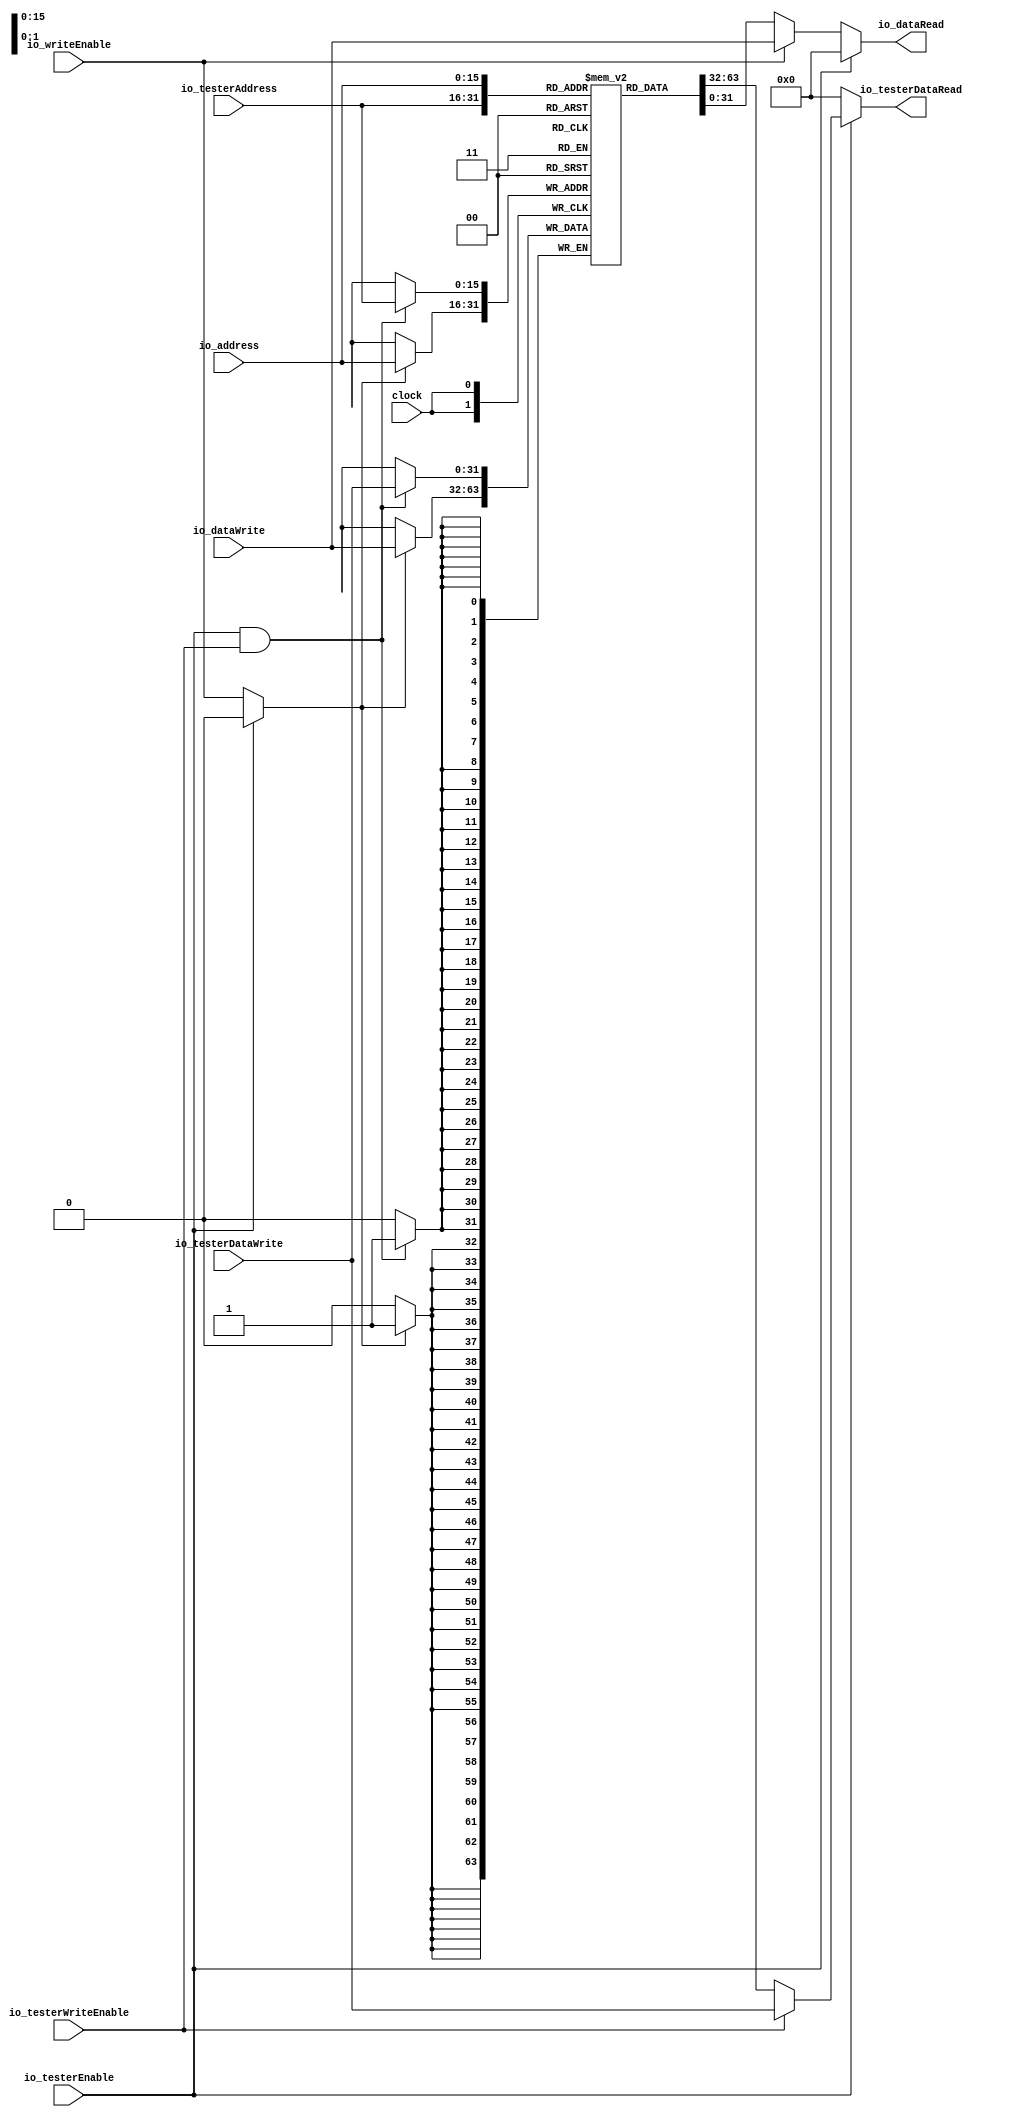
module DataMemory(
  input         clock,
  input  [15:0] io_address,
  output [31:0] io_dataRead,
  input         io_writeEnable,
  input  [31:0] io_dataWrite,
  input         io_testerEnable,
  input  [15:0] io_testerAddress,
  output [31:0] io_testerDataRead,
  input         io_testerWriteEnable,
  input  [31:0] io_testerDataWrite
);
`ifdef RANDOMIZE_MEM_INIT
  reg [31:0] _RAND_0;
`endif // RANDOMIZE_MEM_INIT
  reg [31:0] memory [0:65535]; // @[DataMemory.scala 18:20]
  wire [31:0] memory__T_data; // @[DataMemory.scala 18:20]
  wire [15:0] memory__T_addr; // @[DataMemory.scala 18:20]
  wire [31:0] memory__T_2_data; // @[DataMemory.scala 18:20]
  wire [15:0] memory__T_2_addr; // @[DataMemory.scala 18:20]
  wire [31:0] memory__T_1_data; // @[DataMemory.scala 18:20]
  wire [15:0] memory__T_1_addr; // @[DataMemory.scala 18:20]
  wire  memory__T_1_mask; // @[DataMemory.scala 18:20]
  wire  memory__T_1_en; // @[DataMemory.scala 18:20]
  wire [31:0] memory__T_3_data; // @[DataMemory.scala 18:20]
  wire [15:0] memory__T_3_addr; // @[DataMemory.scala 18:20]
  wire  memory__T_3_mask; // @[DataMemory.scala 18:20]
  wire  memory__T_3_en; // @[DataMemory.scala 18:20]
  wire [31:0] _GEN_5 = io_testerWriteEnable ? io_testerDataWrite : memory__T_data; // @[DataMemory.scala 27:32]
  wire [31:0] _GEN_11 = io_writeEnable ? io_dataWrite : memory__T_2_data; // @[DataMemory.scala 37:26]
  assign memory__T_addr = io_testerAddress;
  assign memory__T_data = memory[memory__T_addr]; // @[DataMemory.scala 18:20]
  assign memory__T_2_addr = io_address;
  assign memory__T_2_data = memory[memory__T_2_addr]; // @[DataMemory.scala 18:20]
  assign memory__T_1_data = io_testerDataWrite;
  assign memory__T_1_addr = io_testerAddress;
  assign memory__T_1_mask = 1'h1;
  assign memory__T_1_en = io_testerEnable & io_testerWriteEnable;
  assign memory__T_3_data = io_dataWrite;
  assign memory__T_3_addr = io_address;
  assign memory__T_3_mask = 1'h1;
  assign memory__T_3_en = io_testerEnable ? 1'h0 : io_writeEnable;
  assign io_dataRead = io_testerEnable ? 32'h0 : _GEN_11; // @[DataMemory.scala 26:17 DataMemory.scala 34:17 DataMemory.scala 40:19]
  assign io_testerDataRead = io_testerEnable ? _GEN_5 : 32'h0; // @[DataMemory.scala 24:23 DataMemory.scala 30:25 DataMemory.scala 36:23]
`ifdef RANDOMIZE_GARBAGE_ASSIGN
`define RANDOMIZE
`endif
`ifdef RANDOMIZE_INVALID_ASSIGN
`define RANDOMIZE
`endif
`ifdef RANDOMIZE_REG_INIT
`define RANDOMIZE
`endif
`ifdef RANDOMIZE_MEM_INIT
`define RANDOMIZE
`endif
`ifndef RANDOM
`define RANDOM $random
`endif
`ifdef RANDOMIZE_MEM_INIT
  integer initvar;
`endif
`ifndef SYNTHESIS
`ifdef FIRRTL_BEFORE_INITIAL
`FIRRTL_BEFORE_INITIAL
`endif
initial begin
  `ifdef RANDOMIZE
    `ifdef INIT_RANDOM
      `INIT_RANDOM
    `endif
    `ifndef VERILATOR
      `ifdef RANDOMIZE_DELAY
        #`RANDOMIZE_DELAY begin end
      `else
        #0.002 begin end
      `endif
    `endif
`ifdef RANDOMIZE_MEM_INIT
  _RAND_0 = {1{`RANDOM}};
  for (initvar = 0; initvar < 65536; initvar = initvar+1)
    memory[initvar] = _RAND_0[31:0];
`endif // RANDOMIZE_MEM_INIT
  `endif // RANDOMIZE
end // initial
`ifdef FIRRTL_AFTER_INITIAL
`FIRRTL_AFTER_INITIAL
`endif
`endif // SYNTHESIS
  always @(posedge clock) begin
    if(memory__T_1_en & memory__T_1_mask) begin
      memory[memory__T_1_addr] <= memory__T_1_data; // @[DataMemory.scala 18:20]
    end
    if(memory__T_3_en & memory__T_3_mask) begin
      memory[memory__T_3_addr] <= memory__T_3_data; // @[DataMemory.scala 18:20]
    end
  end
endmodule
module Accelerator(
  input         clock,
  input         reset,
  input         io_start,
  output        io_done,
  output [15:0] io_address,
  input  [31:0] io_dataRead,
  output        io_writeEnable,
  output [31:0] io_dataWrite
);
`ifdef RANDOMIZE_REG_INIT
  reg [31:0] _RAND_0;
  reg [31:0] _RAND_1;
  reg [31:0] _RAND_2;
`endif // RANDOMIZE_REG_INIT
  reg [3:0] stateReg; // @[Accelerator.scala 19:25]
  reg [4:0] xReg; // @[Accelerator.scala 22:21]
  reg [4:0] yReg; // @[Accelerator.scala 23:21]
  wire  _T = 4'h0 == stateReg; // @[Conditional.scala 37:30]
  wire  _T_1 = 4'h1 == stateReg; // @[Conditional.scala 37:30]
  wire [9:0] _T_2 = 5'h14 * yReg; // @[Accelerator.scala 41:33]
  wire [9:0] _GEN_78 = {{5'd0}, xReg}; // @[Accelerator.scala 41:26]
  wire [9:0] _T_4 = _GEN_78 + _T_2; // @[Accelerator.scala 41:26]
  wire  _T_5 = xReg == 5'h14; // @[Accelerator.scala 42:18]
  wire  _T_6 = yReg == 5'h14; // @[Accelerator.scala 44:24]
  wire [4:0] _T_8 = xReg + 5'h1; // @[Accelerator.scala 45:22]
  wire  _T_9 = xReg <= 5'h13; // @[Accelerator.scala 48:24]
  wire  _T_10 = yReg <= 5'h13; // @[Accelerator.scala 49:24]
  wire  _T_11 = _T_9 & _T_10; // @[Accelerator.scala 48:32]
  wire  _T_12 = yReg == 5'h0; // @[Accelerator.scala 50:25]
  wire  _T_13 = yReg == 5'h13; // @[Accelerator.scala 50:41]
  wire  _T_14 = _T_12 | _T_13; // @[Accelerator.scala 50:33]
  wire  _T_15 = xReg == 5'h0; // @[Accelerator.scala 50:58]
  wire  _T_16 = _T_14 | _T_15; // @[Accelerator.scala 50:50]
  wire  _T_17 = xReg == 5'h13; // @[Accelerator.scala 50:74]
  wire  _T_18 = _T_16 | _T_17; // @[Accelerator.scala 50:66]
  wire  _T_19 = _T_11 & _T_18; // @[Accelerator.scala 49:32]
  wire  _T_20 = io_dataRead == 32'h0; // @[Accelerator.scala 52:32]
  wire  _T_21 = 4'h2 == stateReg; // @[Conditional.scala 37:30]
  wire [9:0] _T_26 = _T_4 + 10'h190; // @[Accelerator.scala 60:40]
  wire [4:0] _T_28 = yReg + 5'h1; // @[Accelerator.scala 63:20]
  wire  _T_29 = 4'h3 == stateReg; // @[Conditional.scala 37:30]
  wire  _T_37 = 4'h4 == stateReg; // @[Conditional.scala 37:30]
  wire [9:0] _T_42 = _T_4 - 10'h1; // @[Accelerator.scala 75:40]
  wire  _T_44 = 4'h5 == stateReg; // @[Conditional.scala 37:30]
  wire [9:0] _T_49 = _T_4 + 10'h1; // @[Accelerator.scala 83:40]
  wire  _T_51 = 4'h6 == stateReg; // @[Conditional.scala 37:30]
  wire [9:0] _T_56 = _T_4 - 10'h14; // @[Accelerator.scala 91:40]
  wire  _T_58 = 4'h7 == stateReg; // @[Conditional.scala 37:30]
  wire [9:0] _T_63 = _T_4 + 10'h14; // @[Accelerator.scala 99:40]
  wire  _T_65 = 4'h8 == stateReg; // @[Conditional.scala 37:30]
  wire  _T_73 = 4'h9 == stateReg; // @[Conditional.scala 37:30]
  wire  _T_81 = 4'ha == stateReg; // @[Conditional.scala 37:30]
  wire [9:0] _GEN_16 = _T_73 ? _T_26 : 10'h0; // @[Conditional.scala 39:67]
  wire  _GEN_21 = _T_73 ? 1'h0 : _T_81; // @[Conditional.scala 39:67]
  wire [9:0] _GEN_22 = _T_65 ? _T_26 : _GEN_16; // @[Conditional.scala 39:67]
  wire [7:0] _GEN_23 = _T_65 ? 8'hff : 8'h0; // @[Conditional.scala 39:67]
  wire  _GEN_24 = _T_65 | _T_73; // @[Conditional.scala 39:67]
  wire  _GEN_27 = _T_65 ? 1'h0 : _GEN_21; // @[Conditional.scala 39:67]
  wire [9:0] _GEN_28 = _T_58 ? _T_63 : _GEN_22; // @[Conditional.scala 39:67]
  wire [7:0] _GEN_30 = _T_58 ? 8'h0 : _GEN_23; // @[Conditional.scala 39:67]
  wire  _GEN_31 = _T_58 ? 1'h0 : _GEN_24; // @[Conditional.scala 39:67]
  wire  _GEN_33 = _T_58 ? 1'h0 : _GEN_27; // @[Conditional.scala 39:67]
  wire [9:0] _GEN_34 = _T_51 ? _T_56 : _GEN_28; // @[Conditional.scala 39:67]
  wire [7:0] _GEN_36 = _T_51 ? 8'h0 : _GEN_30; // @[Conditional.scala 39:67]
  wire  _GEN_37 = _T_51 ? 1'h0 : _GEN_31; // @[Conditional.scala 39:67]
  wire  _GEN_39 = _T_51 ? 1'h0 : _GEN_33; // @[Conditional.scala 39:67]
  wire [9:0] _GEN_40 = _T_44 ? _T_49 : _GEN_34; // @[Conditional.scala 39:67]
  wire [7:0] _GEN_42 = _T_44 ? 8'h0 : _GEN_36; // @[Conditional.scala 39:67]
  wire  _GEN_43 = _T_44 ? 1'h0 : _GEN_37; // @[Conditional.scala 39:67]
  wire  _GEN_45 = _T_44 ? 1'h0 : _GEN_39; // @[Conditional.scala 39:67]
  wire [9:0] _GEN_46 = _T_37 ? _T_42 : _GEN_40; // @[Conditional.scala 39:67]
  wire [7:0] _GEN_48 = _T_37 ? 8'h0 : _GEN_42; // @[Conditional.scala 39:67]
  wire  _GEN_49 = _T_37 ? 1'h0 : _GEN_43; // @[Conditional.scala 39:67]
  wire  _GEN_51 = _T_37 ? 1'h0 : _GEN_45; // @[Conditional.scala 39:67]
  wire [9:0] _GEN_52 = _T_29 ? _T_26 : _GEN_46; // @[Conditional.scala 39:67]
  wire [7:0] _GEN_53 = _T_29 ? 8'h0 : _GEN_48; // @[Conditional.scala 39:67]
  wire  _GEN_54 = _T_29 | _GEN_49; // @[Conditional.scala 39:67]
  wire  _GEN_57 = _T_29 ? 1'h0 : _GEN_51; // @[Conditional.scala 39:67]
  wire [9:0] _GEN_58 = _T_21 ? _T_26 : _GEN_52; // @[Conditional.scala 39:67]
  wire [7:0] _GEN_59 = _T_21 ? 8'h0 : _GEN_53; // @[Conditional.scala 39:67]
  wire  _GEN_60 = _T_21 | _GEN_54; // @[Conditional.scala 39:67]
  wire  _GEN_63 = _T_21 ? 1'h0 : _GEN_57; // @[Conditional.scala 39:67]
  wire [9:0] _GEN_64 = _T_1 ? _T_4 : _GEN_58; // @[Conditional.scala 39:67]
  wire [7:0] _GEN_68 = _T_1 ? 8'h0 : _GEN_59; // @[Conditional.scala 39:67]
  wire  _GEN_69 = _T_1 ? 1'h0 : _GEN_60; // @[Conditional.scala 39:67]
  wire  _GEN_70 = _T_1 ? 1'h0 : _GEN_63; // @[Conditional.scala 39:67]
  wire [9:0] _GEN_73 = _T ? 10'h0 : _GEN_64; // @[Conditional.scala 40:58]
  wire [7:0] _GEN_75 = _T ? 8'h0 : _GEN_68; // @[Conditional.scala 40:58]
  assign io_done = _T ? 1'h0 : _GEN_70; // @[Accelerator.scala 28:11 Accelerator.scala 121:15]
  assign io_address = {{6'd0}, _GEN_73}; // @[Accelerator.scala 26:14 Accelerator.scala 41:18 Accelerator.scala 60:18 Accelerator.scala 67:18 Accelerator.scala 75:18 Accelerator.scala 83:18 Accelerator.scala 91:18 Accelerator.scala 99:18 Accelerator.scala 107:18 Accelerator.scala 114:18]
  assign io_writeEnable = _T ? 1'h0 : _GEN_69; // @[Accelerator.scala 27:18 Accelerator.scala 62:22 Accelerator.scala 69:22 Accelerator.scala 109:22 Accelerator.scala 116:22]
  assign io_dataWrite = {{24'd0}, _GEN_75}; // @[Accelerator.scala 29:16 Accelerator.scala 61:20 Accelerator.scala 68:20 Accelerator.scala 108:20 Accelerator.scala 115:20]
`ifdef RANDOMIZE_GARBAGE_ASSIGN
`define RANDOMIZE
`endif
`ifdef RANDOMIZE_INVALID_ASSIGN
`define RANDOMIZE
`endif
`ifdef RANDOMIZE_REG_INIT
`define RANDOMIZE
`endif
`ifdef RANDOMIZE_MEM_INIT
`define RANDOMIZE
`endif
`ifndef RANDOM
`define RANDOM $random
`endif
`ifdef RANDOMIZE_MEM_INIT
  integer initvar;
`endif
`ifndef SYNTHESIS
`ifdef FIRRTL_BEFORE_INITIAL
`FIRRTL_BEFORE_INITIAL
`endif
initial begin
  `ifdef RANDOMIZE
    `ifdef INIT_RANDOM
      `INIT_RANDOM
    `endif
    `ifndef VERILATOR
      `ifdef RANDOMIZE_DELAY
        #`RANDOMIZE_DELAY begin end
      `else
        #0.002 begin end
      `endif
    `endif
`ifdef RANDOMIZE_REG_INIT
  _RAND_0 = {1{`RANDOM}};
  stateReg = _RAND_0[3:0];
  _RAND_1 = {1{`RANDOM}};
  xReg = _RAND_1[4:0];
  _RAND_2 = {1{`RANDOM}};
  yReg = _RAND_2[4:0];
`endif // RANDOMIZE_REG_INIT
  `endif // RANDOMIZE
end // initial
`ifdef FIRRTL_AFTER_INITIAL
`FIRRTL_AFTER_INITIAL
`endif
`endif // SYNTHESIS
  always @(posedge clock) begin
    if (reset) begin
      stateReg <= 4'h0;
    end else if (_T) begin
      if (io_start) begin
        stateReg <= 4'h1;
      end
    end else if (_T_1) begin
      if (_T_5) begin
        stateReg <= 4'ha;
      end else if (_T_6) begin
        stateReg <= 4'h1;
      end else if (_T_19) begin
        stateReg <= 4'h9;
      end else if (_T_20) begin
        stateReg <= 4'h2;
      end else begin
        stateReg <= 4'h4;
      end
    end else if (_T_21) begin
      stateReg <= 4'h3;
    end else if (_T_29) begin
      stateReg <= 4'h1;
    end else if (_T_37) begin
      if (_T_20) begin
        stateReg <= 4'h9;
      end else begin
        stateReg <= 4'h5;
      end
    end else if (_T_44) begin
      if (_T_20) begin
        stateReg <= 4'h9;
      end else begin
        stateReg <= 4'h6;
      end
    end else if (_T_51) begin
      if (_T_20) begin
        stateReg <= 4'h9;
      end else begin
        stateReg <= 4'h7;
      end
    end else if (_T_58) begin
      if (_T_20) begin
        stateReg <= 4'h2;
      end else begin
        stateReg <= 4'h8;
      end
    end else if (_T_65) begin
      stateReg <= 4'h1;
    end else if (_T_73) begin
      stateReg <= 4'h1;
    end else if (_T_81) begin
      stateReg <= 4'ha;
    end
    if (reset) begin
      xReg <= 5'h0;
    end else if (_T) begin
      if (io_start) begin
        xReg <= 5'h0;
      end
    end else if (_T_1) begin
      if (!(_T_5)) begin
        if (_T_6) begin
          xReg <= _T_8;
        end
      end
    end
    if (reset) begin
      yReg <= 5'h0;
    end else if (!(_T)) begin
      if (_T_1) begin
        if (!(_T_5)) begin
          if (_T_6) begin
            yReg <= 5'h0;
          end
        end
      end else if (_T_21) begin
        yReg <= _T_28;
      end else if (_T_29) begin
        yReg <= _T_28;
      end else if (!(_T_37)) begin
        if (!(_T_44)) begin
          if (!(_T_51)) begin
            if (!(_T_58)) begin
              if (_T_65) begin
                yReg <= _T_28;
              end else if (_T_73) begin
                yReg <= _T_28;
              end
            end
          end
        end
      end
    end
  end
endmodule
module SystemTop(
  input         clock,
  input         reset,
  output        io_done,
  input         io_start,
  input         io_testerDataMemEnable,
  input  [15:0] io_testerDataMemAddress,
  output [31:0] io_testerDataMemDataRead,
  input         io_testerDataMemWriteEnable,
  input  [31:0] io_testerDataMemDataWrite
);
  wire  dataMemory_clock; // @[SystemTop.scala 18:26]
  wire [15:0] dataMemory_io_address; // @[SystemTop.scala 18:26]
  wire [31:0] dataMemory_io_dataRead; // @[SystemTop.scala 18:26]
  wire  dataMemory_io_writeEnable; // @[SystemTop.scala 18:26]
  wire [31:0] dataMemory_io_dataWrite; // @[SystemTop.scala 18:26]
  wire  dataMemory_io_testerEnable; // @[SystemTop.scala 18:26]
  wire [15:0] dataMemory_io_testerAddress; // @[SystemTop.scala 18:26]
  wire [31:0] dataMemory_io_testerDataRead; // @[SystemTop.scala 18:26]
  wire  dataMemory_io_testerWriteEnable; // @[SystemTop.scala 18:26]
  wire [31:0] dataMemory_io_testerDataWrite; // @[SystemTop.scala 18:26]
  wire  accelerator_clock; // @[SystemTop.scala 19:27]
  wire  accelerator_reset; // @[SystemTop.scala 19:27]
  wire  accelerator_io_start; // @[SystemTop.scala 19:27]
  wire  accelerator_io_done; // @[SystemTop.scala 19:27]
  wire [15:0] accelerator_io_address; // @[SystemTop.scala 19:27]
  wire [31:0] accelerator_io_dataRead; // @[SystemTop.scala 19:27]
  wire  accelerator_io_writeEnable; // @[SystemTop.scala 19:27]
  wire [31:0] accelerator_io_dataWrite; // @[SystemTop.scala 19:27]
  DataMemory dataMemory ( // @[SystemTop.scala 18:26]
    .clock(dataMemory_clock),
    .io_address(dataMemory_io_address),
    .io_dataRead(dataMemory_io_dataRead),
    .io_writeEnable(dataMemory_io_writeEnable),
    .io_dataWrite(dataMemory_io_dataWrite),
    .io_testerEnable(dataMemory_io_testerEnable),
    .io_testerAddress(dataMemory_io_testerAddress),
    .io_testerDataRead(dataMemory_io_testerDataRead),
    .io_testerWriteEnable(dataMemory_io_testerWriteEnable),
    .io_testerDataWrite(dataMemory_io_testerDataWrite)
  );
  Accelerator accelerator ( // @[SystemTop.scala 19:27]
    .clock(accelerator_clock),
    .reset(accelerator_reset),
    .io_start(accelerator_io_start),
    .io_done(accelerator_io_done),
    .io_address(accelerator_io_address),
    .io_dataRead(accelerator_io_dataRead),
    .io_writeEnable(accelerator_io_writeEnable),
    .io_dataWrite(accelerator_io_dataWrite)
  );
  assign io_done = accelerator_io_done; // @[SystemTop.scala 23:11]
  assign io_testerDataMemDataRead = dataMemory_io_testerDataRead; // @[SystemTop.scala 34:28]
  assign dataMemory_clock = clock;
  assign dataMemory_io_address = accelerator_io_address; // @[SystemTop.scala 28:25]
  assign dataMemory_io_writeEnable = accelerator_io_writeEnable; // @[SystemTop.scala 30:29]
  assign dataMemory_io_dataWrite = accelerator_io_dataWrite; // @[SystemTop.scala 29:27]
  assign dataMemory_io_testerEnable = io_testerDataMemEnable; // @[SystemTop.scala 36:30]
  assign dataMemory_io_testerAddress = io_testerDataMemAddress; // @[SystemTop.scala 33:31]
  assign dataMemory_io_testerWriteEnable = io_testerDataMemWriteEnable; // @[SystemTop.scala 37:35]
  assign dataMemory_io_testerDataWrite = io_testerDataMemDataWrite; // @[SystemTop.scala 35:33]
  assign accelerator_clock = clock;
  assign accelerator_reset = reset;
  assign accelerator_io_start = io_start; // @[SystemTop.scala 24:24]
  assign accelerator_io_dataRead = dataMemory_io_dataRead; // @[SystemTop.scala 27:27]
endmodule